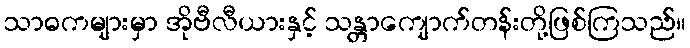
သာဓကများမှာ အိုဗီလီယားနှင့် သန္တာကျောက်တန်းတို့ဖြစ်ကြသည်။